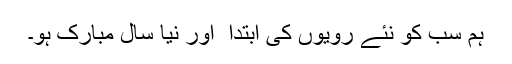
ہم سب کو نئے رویوں کی ابتدا ٔ اور نیا سال مبارک ہو۔